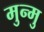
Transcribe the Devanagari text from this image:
मुन्मु